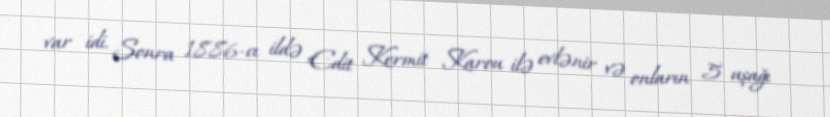
var idi. Sonra 1886-cı ildə Edit Kermit Karou ilə evlənir və onların 5 uşağı